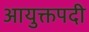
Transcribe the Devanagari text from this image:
आयुक्तपदी